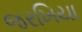
જરખિયા